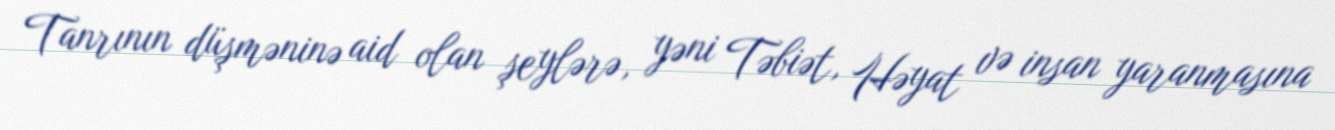
Tanrının düşməninə aid olan şeylərə, yəni Təbiət, Həyat və insan yaranmasına